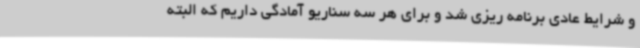
و شرایط عادی برنامه ریزی شد و برای هر سه سناریو آمادگی داریم که البته